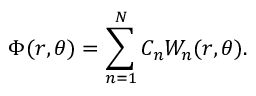
\Phi ( r , \theta ) = \sum _ { n = 1 } ^ { N } C _ { n } W _ { n } ( r , \theta ) .